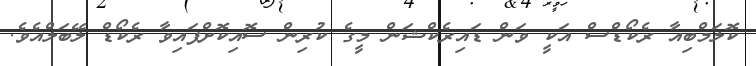
ކޮލަމްބިއާ ރެކޯޑްސް އަކީ ވަން ޑައިރެކްޝަން މީގެ ކުރިން ސޮއިކޮށްފައިވާ ރެކޯޑް ލޭބަލްއެވެ.